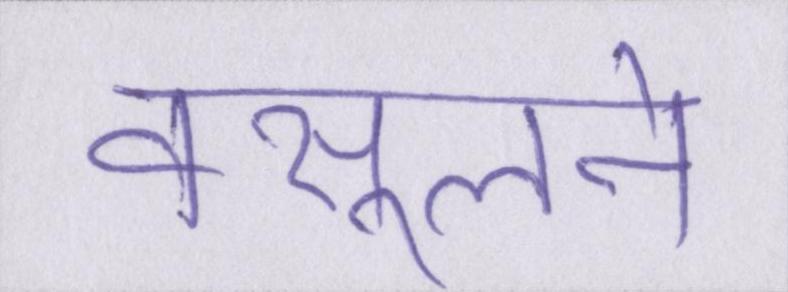
वसूलने